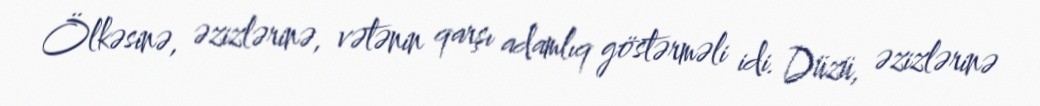
Ölkəsinə, əzizlərinə, vətənin qarşı adamlıq göstərməli idi. Düzü, əzizlərinə